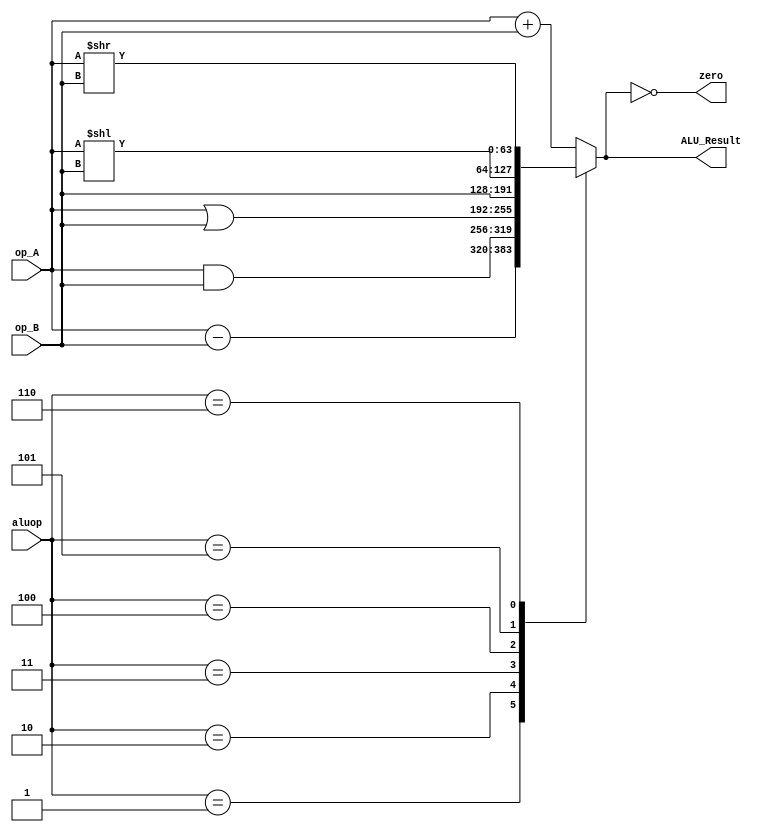
`timescale 1ns / 1ps

module ALU(
    input [63:0] op_A,
    input [63:0] op_B,
	 input [2:0] aluop,
    output zero,
    output reg [63:0] ALU_Result
    );
	
	 assign zero = {ALU_Result == 0};
	 always @(*)
    begin
        case(aluop)
			  3'b000: // Addition
				  ALU_Result = op_A + op_B ; 
			  3'b001: // Subtraction
				  ALU_Result = op_A - op_B ;
			  3'b010: // And
				  ALU_Result = op_A & op_B;
			  3'b011: // Or
				  ALU_Result = op_A | op_B;
			  3'b100: // Pass B
				  ALU_Result = op_B;
			  3'b101: // Logical shift left
				  ALU_Result = op_A<<op_B;
			  3'b110: // Logical shift right
				  ALU_Result = op_A>>op_B;
			  default: ALU_Result = op_A + op_B ; 
		 endcase
	 end
		
endmodule